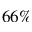
6 6 \%